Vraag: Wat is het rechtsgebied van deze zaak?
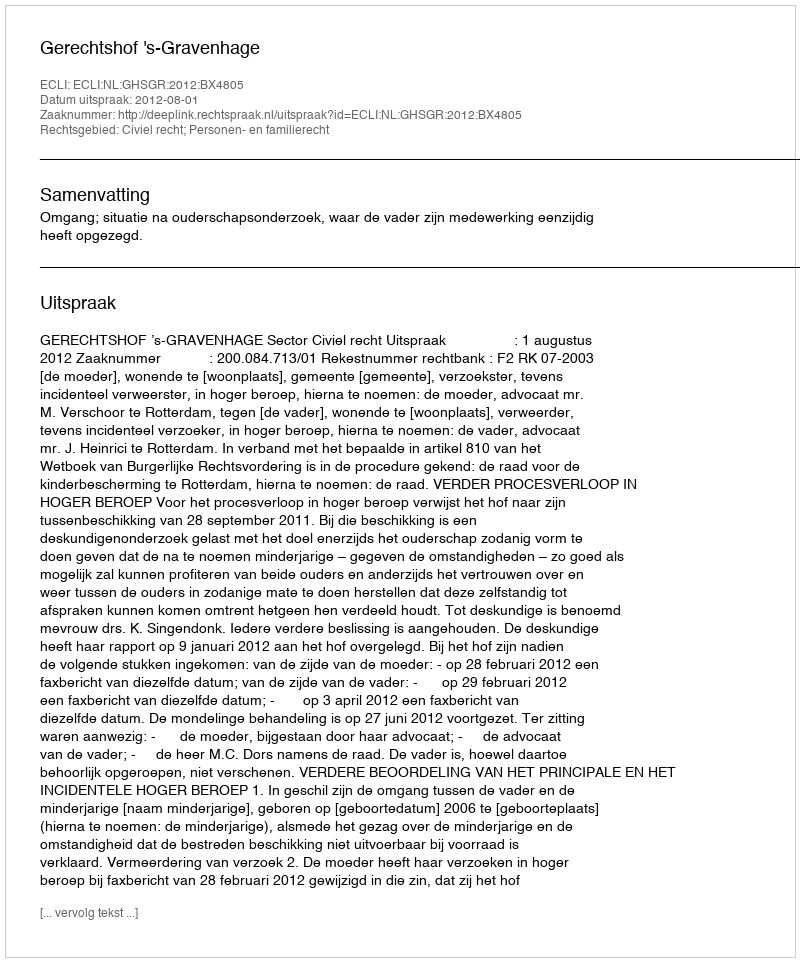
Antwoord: Civiel recht; Personen- en familierecht